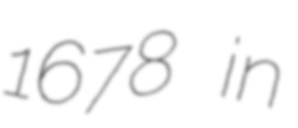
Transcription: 1678 in